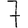
Digit: 7